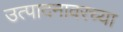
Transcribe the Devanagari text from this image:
उत्पादनावरच्या